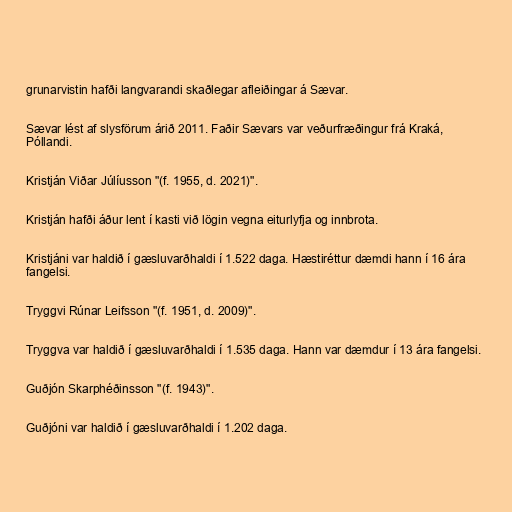
grunarvistin hafði langvarandi skaðlegar afleiðingar á Sævar.

Sævar lést af slysförum árið 2011. Faðir Sævars var veðurfræðingur frá Kraká,
Póllandi.

Kristján Viðar Júlíusson "(f. 1955, d. 2021)".

Kristján hafði áður lent í kasti við lögin vegna eiturlyfja og innbrota.

Kristjáni var haldið í gæsluvarðhaldi í 1.522 daga. Hæstiréttur dæmdi hann í 16 ára
fangelsi.

Tryggvi Rúnar Leifsson "(f. 1951, d. 2009)".

Tryggva var haldið í gæsluvarðhaldi í 1.535 daga. Hann var dæmdur í 13 ára fangelsi.

Guðjón Skarphéðinsson "(f. 1943)".

Guðjóni var haldið í gæsluvarðhaldi í 1.202 daga.